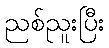
ညစ်ညူးပြီး